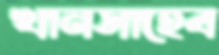
খানসাহেব